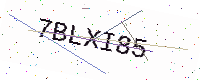
Text: 7BLXI85